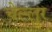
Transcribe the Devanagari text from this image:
चेल्लुर